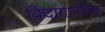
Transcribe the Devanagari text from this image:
विदागाराला